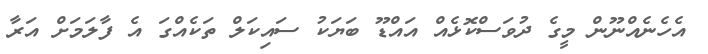
އެހެނެއްނޫން މީގެ ދުވަސްކޮޅެއް އައްޑޫ ބަޔަކު ސައިކަލް ތަކެއްގަ އެ ފާލަމަށް އަރާ